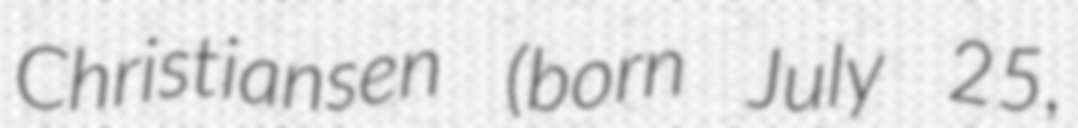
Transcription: Christiansen (born July 25,